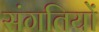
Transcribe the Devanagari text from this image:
संगतियों